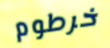
خرطوم